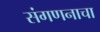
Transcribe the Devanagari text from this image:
संगणनाचा